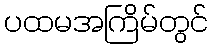
ပထမအကြိမ်တွင်